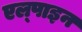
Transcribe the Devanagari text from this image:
एल्‍पाइन